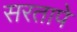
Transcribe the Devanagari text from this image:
सरतापे